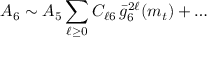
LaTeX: { \cal A } _ { 6 } \sim { \cal A } _ { 5 } \sum _ { \ell \geq 0 } C _ { \ell 6 } \, \bar { g } _ { 6 } ^ { 2 \ell } ( m _ { t } ) + \ldots